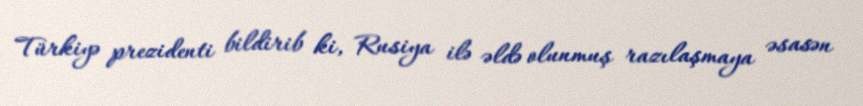
Türkiyə prezidenti bildirib ki, Rusiya ilə əldə olunmuş razılaşmaya əsasən